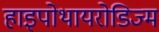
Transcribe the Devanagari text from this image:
हाइपोथायरोडिज्म